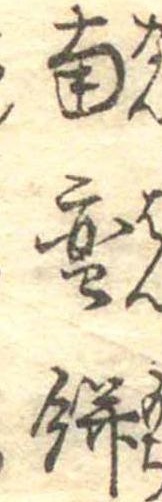
南蛮餅